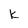
Character: k